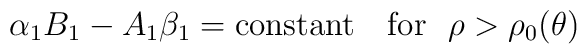
\alpha_1 B_1- A_1 \beta_1={\rm constant}\ \ \ {\rm  for}\ \ \rho>\rho_0(\theta)